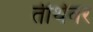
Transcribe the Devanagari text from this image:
तीर्थवर